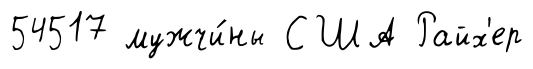
54517 мужчи́ны США Райх'ер